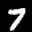
Label: 7